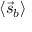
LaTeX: \langle { \vec { s } } _ { b } \rangle